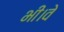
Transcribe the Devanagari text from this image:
भी।वे